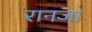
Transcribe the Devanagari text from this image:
रानजा